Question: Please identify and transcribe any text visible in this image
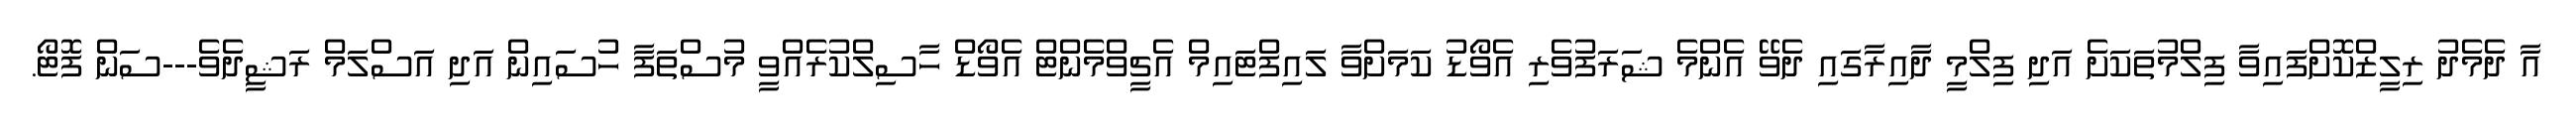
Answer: އާ ދެމެދު ރިލީޒްކޮށްފައިވާ ފިލްމުތަކަށެ އަދި ފިލްމީ ދާއިރާގައި ދެވޭ އެންމެ ޝަރަފުވެރި އެވޯޑު ކަމަށްވާ ލައިފްޓައިމް އެޗީވްމެންޓް އެވޯޑް ހާސިލްކުރެއްވީ މުސްތަފާ ހުސައިން އަދި އަސްލަމް ރަޝީދެވެ---ސަން ފޮޓޯ.